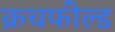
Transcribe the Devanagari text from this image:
क्रचफील्ड